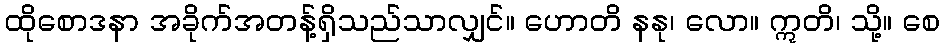
ထိုစောဒနာ အခိုက်အတန့်ရှိသည်သာလျှင်။ ဟောတိ နနု၊ လော။ ဣတိ၊ သို့။ စေ